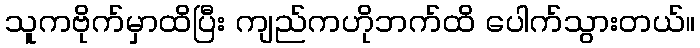
သူကဗိုက်မှာထိပြီး ကျည်ကဟိုဘက်ထိ ပေါက်သွားတယ်။